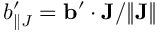
b _ { \parallel J } ^ { \prime } = { \bf { b } } ^ { \prime } \cdot { \bf { J } } / \| { \bf { J } } \|